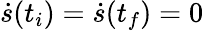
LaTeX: \dot{s}(t_{i})=\dot{s}(t_{f})=0